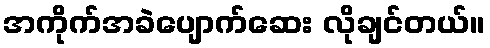
အကိုက်အခဲပျောက်ဆေး လိုချင်တယ်။